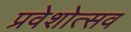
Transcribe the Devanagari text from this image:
प्रवेशोत्सव